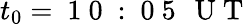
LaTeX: t_{0}=\mathrm{~1~0~:~0~5~\, ~U~T~}